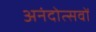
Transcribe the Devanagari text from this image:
अनंदोत्सवों